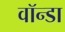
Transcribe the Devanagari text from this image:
वॉन्डा